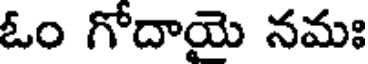
ఓం గోదాయె నమః